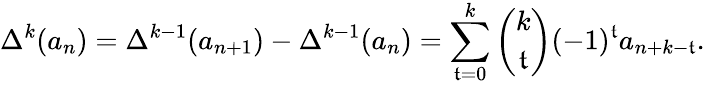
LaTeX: \Delta^{k}(a_{n})=\Delta^{k-1}(a_{n+1})-\Delta^{k-1}(a_{n})=\sum_{\mathfrak{t}=0}^{k}{\binom{k}{\mathfrak{t}}}(-1)^{\mathfrak{t}}a_{n+k-\mathfrak{t}}.